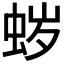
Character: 𱿡